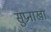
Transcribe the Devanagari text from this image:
सुप्रनाखा